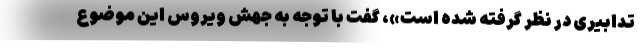
تدابیری در نظر گرفته شده است»، گفت با توجه به جهش ویروس این موضوع